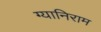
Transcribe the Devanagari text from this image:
ग्यानिराम